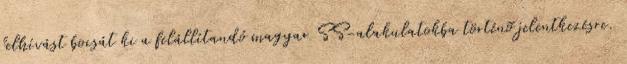
felhívást bocsát ki a felállítandó magyar SS-alakulatokba történõ jelentkezésre.